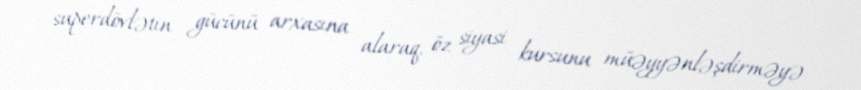
superdövlətin gücünü arxasına alaraq, öz siyasi kursunu müəyyənləşdirməyə